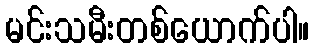
မင်းသမီးတစ်ယောက်ပါ။